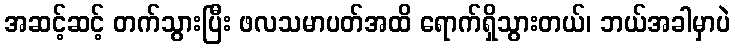
အဆင့်ဆင့် တက်သွားပြီး ဖလသမာပတ်အထိ ရောက်ရှိသွားတယ်၊ ဘယ်အခါမှာပဲ